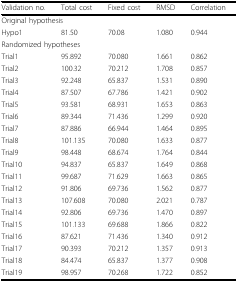
| Validation no. | Total cost | Fixed cost | RMSD | Correlation |
 | --- | --- | --- | --- | --- |
 | <COLSPAN=5> Original hypothesis |
 | Hypo1 | 81.50 | 70.08 | 1.080 | 0.944 |
 | <COLSPAN=5> Randomized hypotheses |
 | Trial1 | 95.892 | 70.080 | 1.661 | 0.862 |
 | Trial2 | 100.32 | 70.212 | 1.708 | 0.857 |
 | Trial3 | 92.248 | 65.837 | 1.531 | 0.890 |
 | Trial4 | 87.507 | 67.786 | 1.421 | 0.902 |
 | Trial5 | 93.581 | 68.931 | 1.653 | 0.863 |
 | Trial6 | 89.344 | 71.436 | 1.299 | 0.920 |
 | Trial7 | 87.886 | 66.944 | 1.464 | 0.895 |
 | Trial8 | 101.135 | 70.080 | 1.633 | 0.877 |
 | Trial9 | 98.448 | 68.674 | 1.764 | 0.844 |
 | Trial10 | 94.837 | 65.837 | 1.649 | 0.868 |
 | Trial11 | 99.687 | 71.629 | 1.663 | 0.865 |
 | Trial12 | 91.806 | 69.736 | 1.562 | 0.877 |
 | Trial13 | 107.608 | 70.080 | 2.021 | 0.787 |
 | Trial14 | 92.806 | 69.736 | 1.470 | 0.897 |
 | Trial15 | 101.133 | 69.688 | 1.866 | 0.822 |
 | Trial16 | 87.621 | 71.436 | 1.340 | 0.912 |
 | Trial17 | 90.393 | 70.212 | 1.357 | 0.913 |
 | Trial18 | 84.474 | 65.837 | 1.377 | 0.908 |
 | Trial19 | 98.957 | 70.268 | 1.722 | 0.852 |